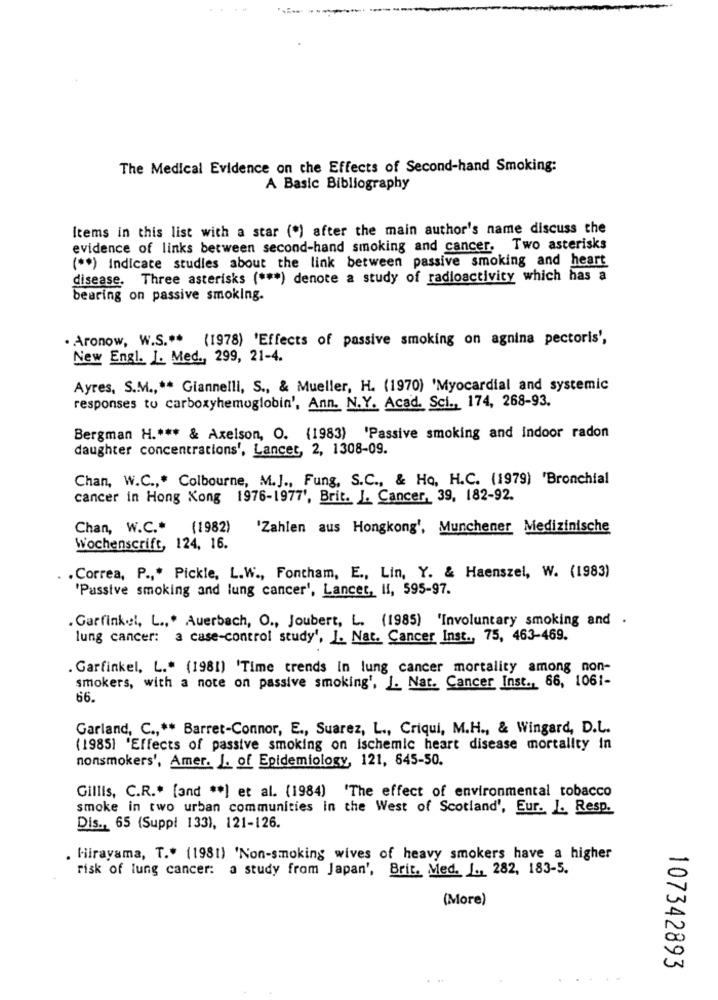
The Medical Evidence on the Effects of Second-hand Smoking:
A Basic Bibliography
Items in this list with a star (") after the main author's name discuss the
evidence of links between second-hand smoking and cancer. Two asterisks
( ** ) Indicate studies about the link between passive smoking and heart
disease. Three asterisks ( *** ) denote a study of radioactivity which has a
bearing on passive smoking.
. Aronow, W.S .**
(1978) 'Effects of passive smoking on agnina pectoris',
New Engl. J. Med ., 299, 21-4.
Ayres, S.M .,** Giannelli, S ., & Mueller, H. (1970) 'Myocardial and systemic
responses to carboxyhemoglobin', Ann. N.Y. Acad. Sci ., 174, 268-93.
Bergman H .*** & Axelson, O. (1983) 'Passive smoking and indoor radon
daughter concentrations', Lancet, 2, 1308-09.
Chan, W.C ., " Colbourne, M.J ., Fung, S.C ., & Ho, H.C. (1979) 'Bronchial
cancer in Hong Kong 1976-1977', Brit. J. Cancer, 39, 182-92.
Chan, W.C .* (1982)
'Zahlen aus Hongkong', Munchener Medizinische
Wochenscrift, 124, 16.
. Correa, P .,* Pickle, L.W ., Fontham, E ., Lin, Y. & Haenszel, W. (1983)
'Passive smoking and lung cancer', Lancet, Il, 595-97.
. Garfinkel, L .,. Auerbach, O ., Joubert, L. (1985) 'Involuntary smoking and .
lung cancer: a case-control study', I. Nat. Cancer Inst ., 75, 463-469.
Garfinkel, L." (1981) 'Time trends in lung cancer mortality among non-
smokers, with a note on passive smoking', J. Nat. Cancer Inst ., 66, 1061-
66.
Garland, C .,** Barret-Connor, E ., Suarez, L ., Criqui, M.H ., & Wingard, D.L.
(1985] 'Effects of passive smoking on ischemic heart disease mortality in
nonsmokers', Amer. J. of Epidemiology, 121, 645-50.
Gillis, C.R .* [and ** ) et al. (1984) 'The effect of environmental tobacco
smoke in two urban communities in the West of Scotland', Eur. J. Resp.
Dis ., 65 (Suppl 133), 121-126.
Hirayama, T .* (1981) 'Non-smoking wives of heavy smokers have a higher
risk of lung cancer: a study from Japan', Brit. Med. I ., 282, 183-5.
(More)
107342893